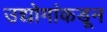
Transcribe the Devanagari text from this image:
उद्योगांकडून